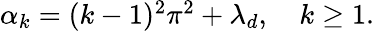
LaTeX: \begin{array}{r}{\alpha_{k}=(k-1)^{2}\pi^{2}+\lambda_{d},\quad k\geq 1.}\end{array}